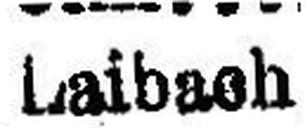
Laibach